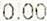
0.00